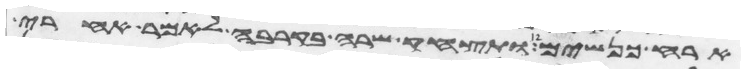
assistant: ארח כנשים ותצחק שרה בקרבה לאמר אחרי